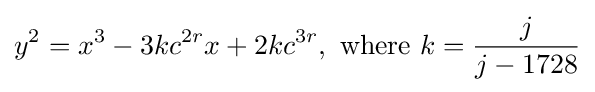
y^{2}=x^{3}-3kc^{2r}x+2kc^{3r},{\text{ where }}k={\frac {j}{j-1728}}